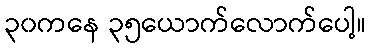
၃၀ကနေ ၃၅ယောက်လောက်ပေါ့။